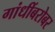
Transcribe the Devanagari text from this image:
गांधींबरोबर